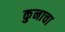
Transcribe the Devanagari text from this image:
कुनाचा